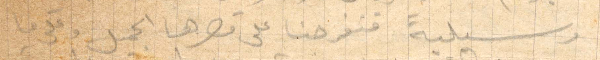
مرسيلية فتفرجنا على قصرها وعلى ما